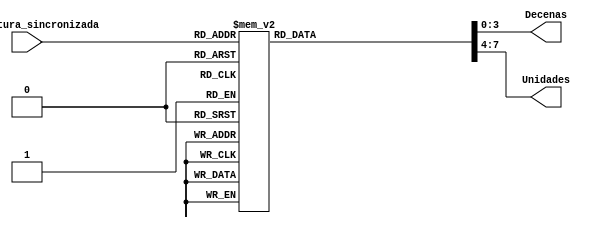
`timescale 1ns / 1ps
//////////////////////////////////////////////////////////////////////////////////
// Company: Tecnolgico de Costa Rica
// 
// Design Name: 
// Module Name:    ConversorBCD 
// Project Name: 
// Target Devices: 
// Tool versions: 
// Description: 
//
// Dependencies: 
//
// Revision: 
// Revision 0.01 - File Created
// Additional Comments: 
//
//////////////////////////////////////////////////////////////////////////////////

module ConversorBCD(
		//Seal de temperatura digital
		input [4:0] Temperatura_sincronizada,
		//Seal de temperatura BCD
		output reg [3:0] Decenas, 
		output reg [3:0] Unidades
    );
	
	//Comportamiento del decodificador a BCD
	always @*
	begin
		case(Temperatura_sincronizada)
			5'd0: begin Decenas <= 4'h2; Unidades <= 4'h0; end
			5'd1: begin Decenas <= 4'h2; Unidades <= 4'h1; end
			5'd2: begin Decenas <= 4'h2; Unidades <= 4'h2; end
			5'd3: begin Decenas <= 4'h2; Unidades <= 4'h3; end
			5'd4: begin Decenas <= 4'h2; Unidades <= 4'h4; end
			5'd5: begin Decenas <= 4'h2; Unidades <= 4'h5; end
			5'd6: begin Decenas <= 4'h2; Unidades <= 4'h6; end
			5'd7: begin Decenas <= 4'h2; Unidades <= 4'h7; end
			5'd8: begin Decenas <= 4'h2; Unidades <= 4'h8; end
			5'd9: begin Decenas <= 4'h2; Unidades <= 4'h9; end
			5'd10: begin Decenas <= 4'h3; Unidades <= 4'h0; end
			5'd11: begin Decenas <= 4'h3; Unidades <= 4'h1; end
			5'd12: begin Decenas <= 4'h3; Unidades <= 4'h2; end
			5'd13: begin Decenas <= 4'h3; Unidades <= 4'h3; end
			5'd14: begin Decenas <= 4'h3; Unidades <= 4'h4; end
			5'd15: begin Decenas <= 4'h3; Unidades <= 4'h5; end
			5'd16: begin Decenas <= 4'h3; Unidades <= 4'h6; end
			5'd17: begin Decenas <= 4'h3; Unidades <= 4'h7; end
			5'd18: begin Decenas <= 4'h3; Unidades <= 4'h8; end
			5'd19: begin Decenas <= 4'h3; Unidades <= 4'h9; end
			5'd20: begin Decenas <= 4'h4; Unidades <= 4'h0; end
			5'd21: begin Decenas <= 4'h4; Unidades <= 4'h1; end
			5'd22: begin Decenas <= 4'h4; Unidades <= 4'h2; end
			5'd23: begin Decenas <= 4'h4; Unidades <= 4'h3; end
			5'd24: begin Decenas <= 4'h4; Unidades <= 4'h4; end
			5'd25: begin Decenas <= 4'h4; Unidades <= 4'h5; end
			5'd26: begin Decenas <= 4'h4; Unidades <= 4'h6; end
			5'd27: begin Decenas <= 4'h4; Unidades <= 4'h7; end
			5'd28: begin Decenas <= 4'h4; Unidades <= 4'h8; end
			5'd29: begin Decenas <= 4'h4; Unidades <= 4'h9; end
			5'd30: begin Decenas <= 4'h5; Unidades <= 4'h0; end
			5'd31: begin Decenas <= 4'h5; Unidades <= 4'h1; end	
		endcase
	end
endmodule